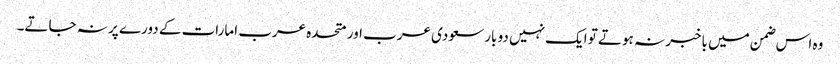
وہ اس ضمن میں باخبر نہ ہوتے تو ایک نہیں دو بار سعودی عرب اور متحدہ عرب امارات کے دورے پر نہ جاتے۔